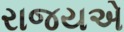
રાજયએ